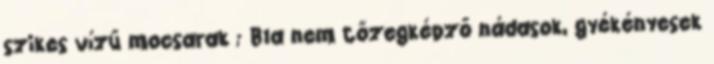
szikes vízű mocsarak ; B1a nem tőzegképző nádasok, gyékényesek